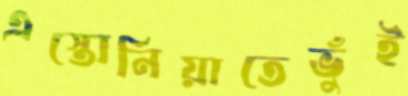
এস্তোনিয়াতেভুঁই